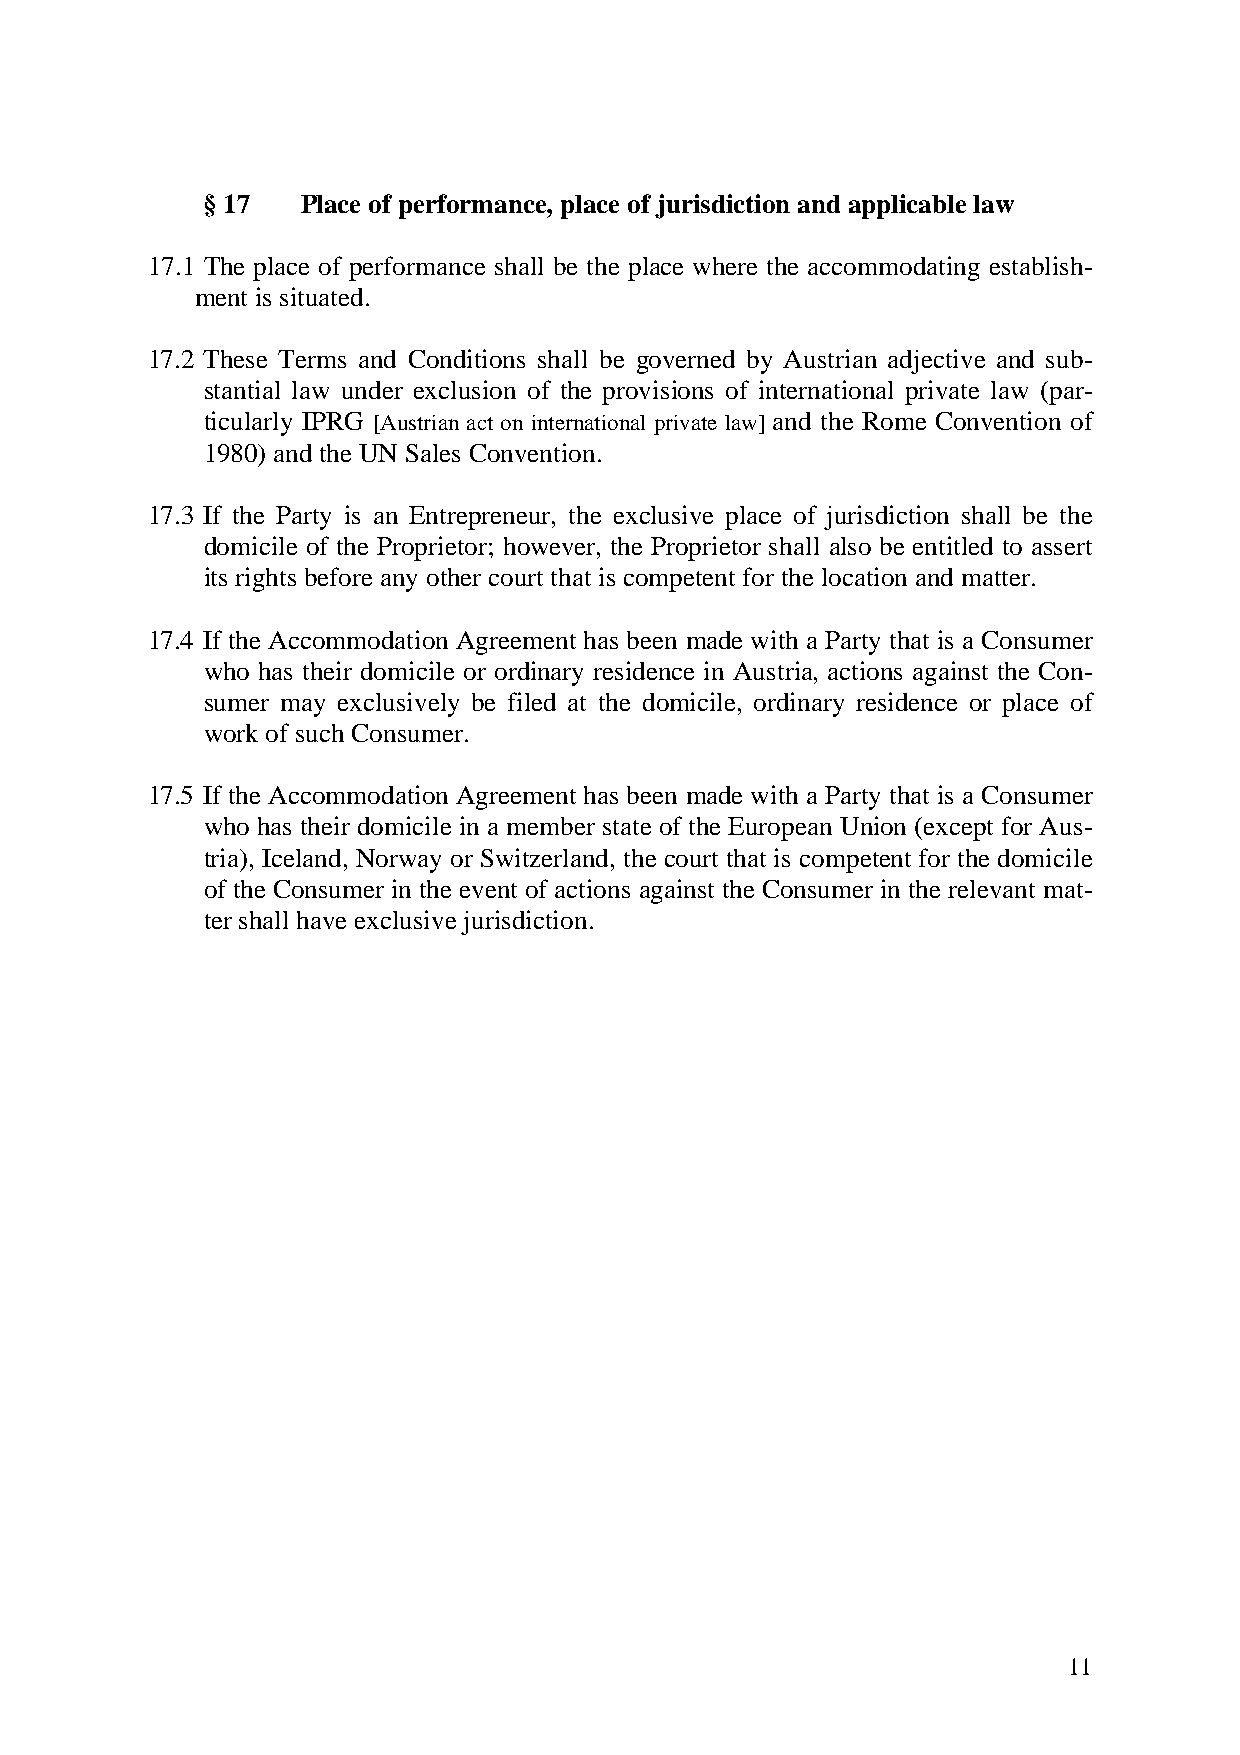
§ 17   Place of performance, place of jurisdiction and applicable law
 17.1 The place of performance shall be the place where the accommodating establish-
 ment is situated.
 17.2 These Terms and Conditions shall be governed by Austrian adjective and sub-
 stantial law under exclusion of the provisions of international private law (par-
 ticularly IPRG [Austrian act on international private law] and the Rome Convention of
 1980) and the UN Sales Convention.
 17.3 If the Party is an Entrepreneur, the exclusive place of jurisdiction shall be the
 domicile of the Proprietor; however, the Proprietor shall also be entitled to assert
 its rights before any other court that is competent for the location and matter.
 17.4 If the Accommodation Agreement has been made with a Party that is a Consumer
 who has their domicile or ordinary residence in Austria, actions against the Con-
 sumer may exclusively be filed at the domicile, ordinary residence or place of
 work of such Consumer.
 17.5 If the Accommodation Agreement has been made with a Party that is a Consumer
 who has their domicile in a member state of the European Union (except for Aus-
 tria), Iceland, Norway or Switzerland, the court that is competent for the domicile
 of the Consumer in the event of actions against the Consumer in the relevant mat-
 ter shall have exclusive jurisdiction.
 11